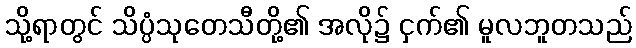
သို့ရာတွင် သိပ္ပံသုတေသီတို့၏ အလို၌ ငှက်၏ မူလဘူတသည်